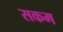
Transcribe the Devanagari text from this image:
सकम